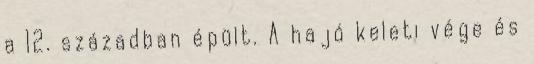
a 12. században épült. A hajó keleti vége és